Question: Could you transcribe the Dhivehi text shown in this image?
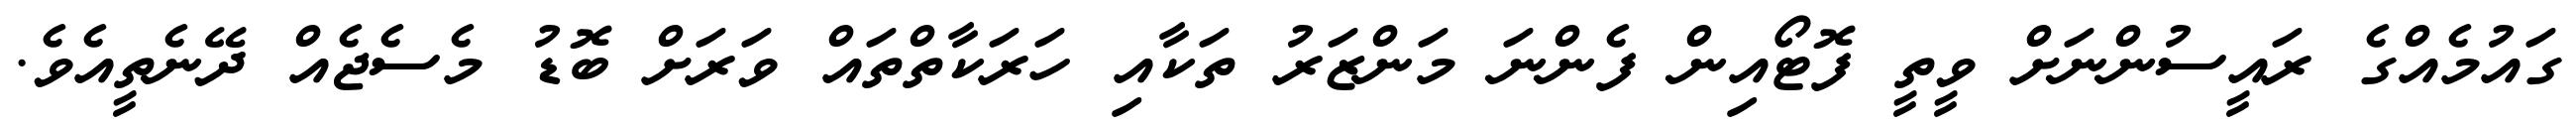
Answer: ގައުމެއްގެ ރައީސުންނަށް ވީތީ ފޮޓޯއިން ފެންނަ މަންޒަރު ތަކާއި ހަރަކާތްތައް ވަރަށް ބޮޑު މެސެޖެއް ދޭނެތީއެވެ.